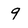
Character: 9